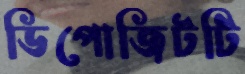
ডিপোজিটটি